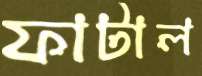
ফাটাল